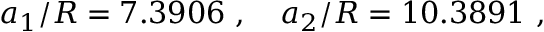
a _ { 1 } / R = 7 . 3 9 0 6 \ , \quad a _ { 2 } / R = 1 0 . 3 8 9 1 \ ,